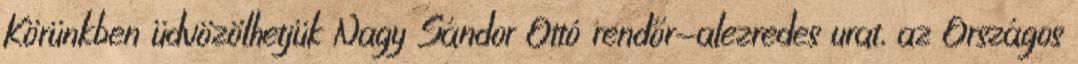
Körünkben üdvözölhetjük Nagy Sándor Ottó rendőr-alezredes urat, az Országos